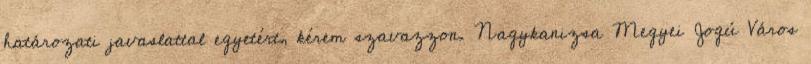
határozati javaslattal egyetért, kérem szavazzon. Nagykanizsa Megyei Jogú Város